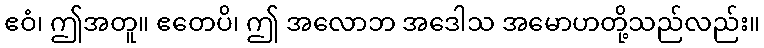
ဧဝံ၊ ဤအတူ။ ဧတေပိ၊ ဤ အလောဘ အဒေါသ အမောဟတို့သည်လည်း။